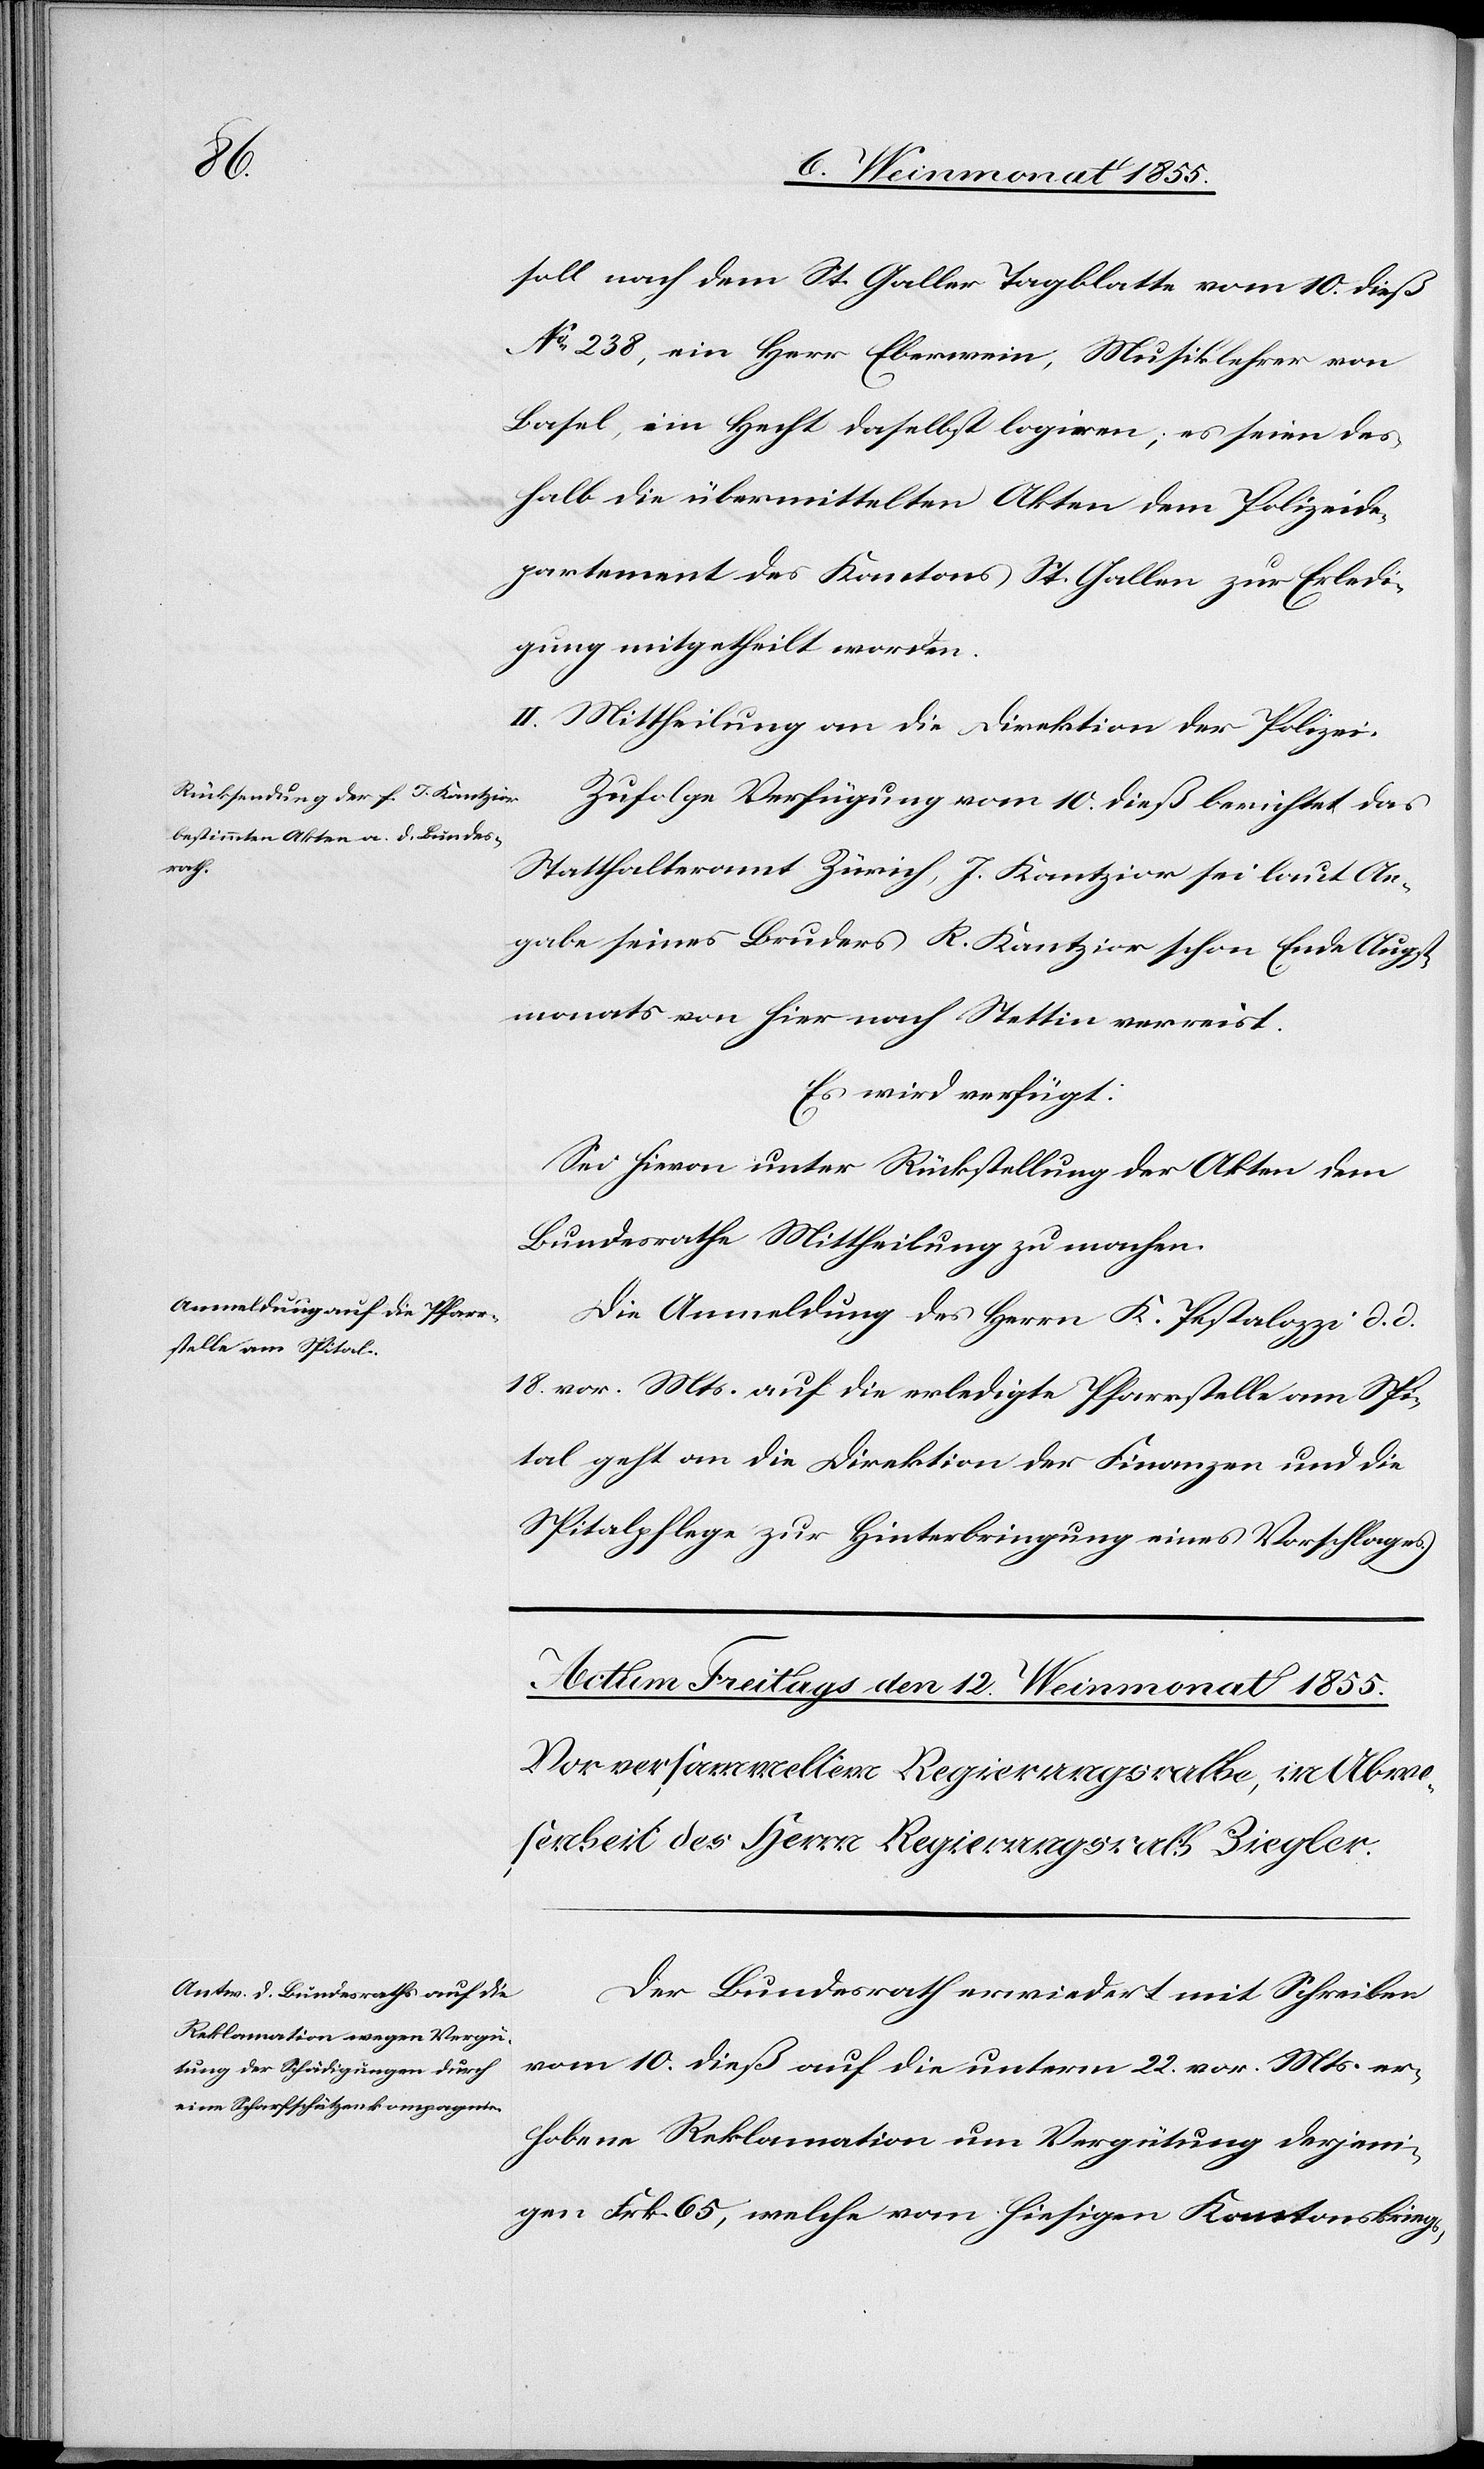
11. Weinmonat 1855.]
soll nach dem St. Galler Tagblatte vom 10. dieß
No 238, ein Herr Eberwein, Musiklehrer von
Basel, im Hecht daselbst logiren; es seien des¬
halb die übermittelten Akten dem Polizeide¬
partement des Kantons St. Gallen zur Erledi¬
gung mitgetheilt worden.
II. Mittheilung an die Direktion der Polizei.
Zufolge Verfügung vom 10. dieß berichtet das
Statthalteramt Zürich, J. Kantzior sei laut An¬
gabe seines Bruders R. Kantzior schon Ende Augst¬
monats von hier nach Stettin verreist.
Es wird verfügt:
Sei hievon unter Rückstellung der Akten dem
Bundesrathe Mittheilung zu machen.
Die Anmeldung des Herrn K. Pestalozzi d. d.
18. vor. Mts. auf die erledigte Pfarrstelle am Spi¬
tal geht an die Direktion der Finanzen und die
Spitalpflege zur Hinterbringung eines Vorschlages.
Der Bundesrath erwiedert mit Schreiben
vom 10. dieß auf die unterm 22. vor. Mts. er¬
hobene Reklamation um Vergütung derjeni¬
gen Frk. 65, welche vom hiesigen Kantonskriegs-